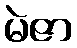
မဲဇာ